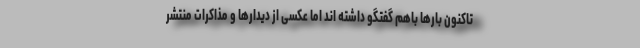
تاکنون بارها باهم گفتگو داشته اند اما عکسی از دیدارها و مذاکرات منتشر